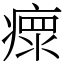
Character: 瘝